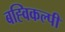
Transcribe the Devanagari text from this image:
बह्विकल्पी